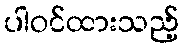
ပါဝင်ထားသည့်